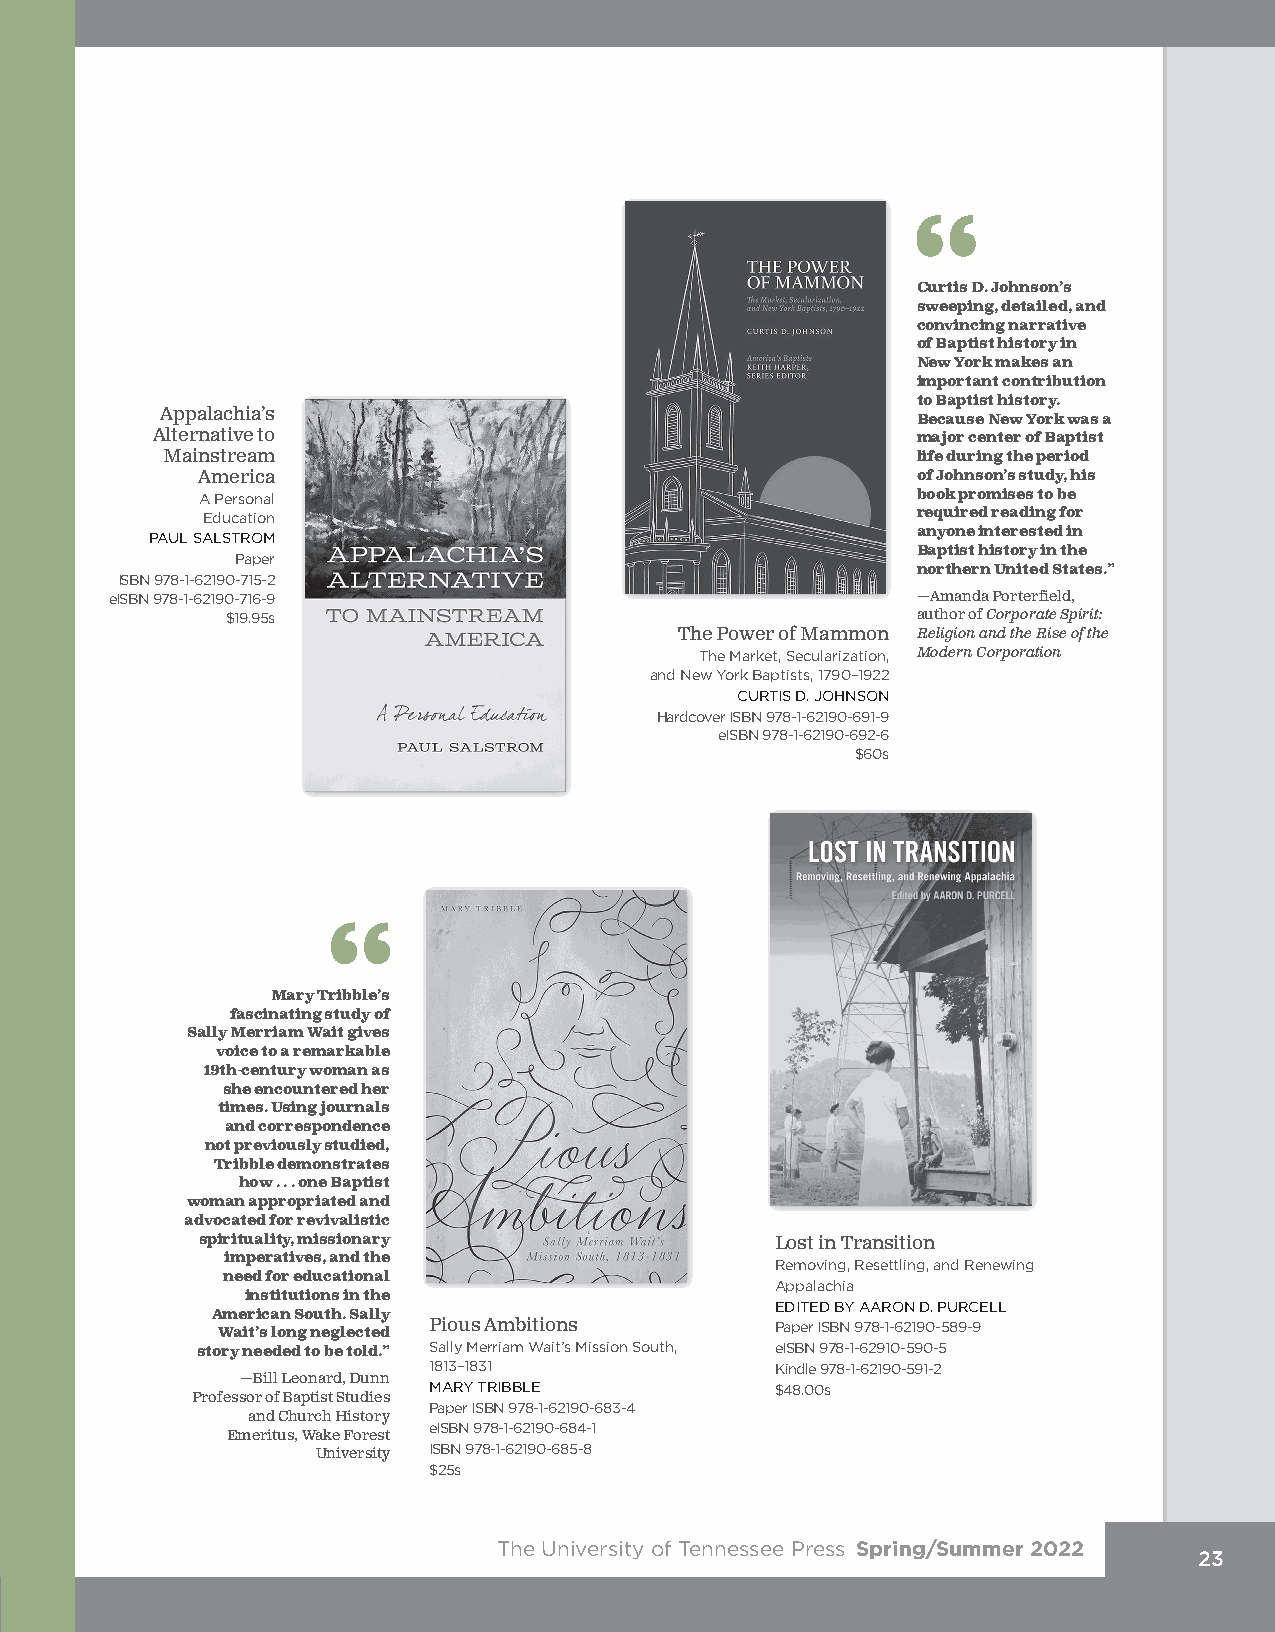
Curtis D. Johnson’s
 sweeping, detailed, and
 convincing narrative
 of Baptist history in
 New York makes an
 important contribution
 to Baptist history.
 Appalachia’s                                      Because New York was a
 Alternative to                                     major center of Baptist
 Mainstream                                        life during the period
 America                                         of Johnson’s study, his
 A Personal                                      book promises to be
 Education                                       required reading for
 PAUL SALSTROM                                      anyone interested in
 Baptist history in the
 Paper
 northern United States.”
 ISBN 978-1-62190-715-2
 eISBN 978-1-62190-716-9                               —Amanda Porterfield,
 $19.95s                                       author of Corporate Spirit:
 The Power of Mammon Religion and the Rise of the
 The Market, Secularization, Modern Corporation
 and New York Baptists, 1790–1922
 CURTIS D. JOHNSON
 Hardcover ISBN 978-1-62190-691-9
 eISBN 978-1-62190-692-6
 $60s
 Mary Tribble’s
 fascinating study of
 Sally Merriam Wait gives
 voice to a remarkable
 19th-century woman as
 she encountered her
 times. Using journals
 and correspondence
 not previously studied,
 Tribble demonstrates
 how . . . one Baptist
 woman appropriated and
 advocated for revivalistic
 spirituality, missionary              Lost in Transition
 imperatives, and the                Removing, Resettling, and Renewing
 need for educational
 Appalachia
 institutions in the
 EDITED BY AARON D. PURCELL
 American South. Sally
 Pious Ambitions        Paper ISBN 978-1-62190-589-9
 Wait’s long neglected
 story needed to be told.” Sally Merriam Wait’s Mission South, eISBN 978-1-62910-590-5
 1813–1831              Kindle 978-1-62190-591-2
 —Bill Leonard, Dunn
 MARY TRIBBLE           $48.00s
 Professor of Baptist Studies
 Paper ISBN 978-1-62190-683-4
 and Church History
 eISBN 978-1-62190-684-1
 Emeritus, Wake Forest
 University ISBN 978-1-62190-685-8
 $25s
 The University of Tennessee Press Spring/Summer 2022
 23